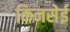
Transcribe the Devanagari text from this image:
किनसेई